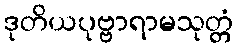
ဒုတိယပုဗ္ဗာရာမသုတ္တံ